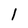
Character: 1